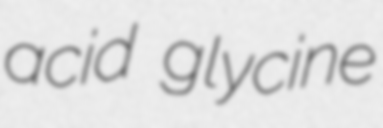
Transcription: acid glycine